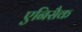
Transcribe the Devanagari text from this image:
एनिसैक